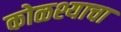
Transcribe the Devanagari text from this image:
कोळश्याचा